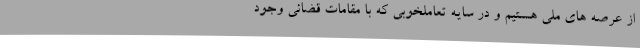
از عرصه های ملی هستیم و در سایه تعاملخوبی که با مقامات قضائی وجود